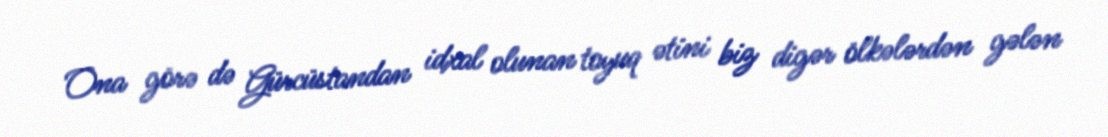
Ona görə də Gürcüstandan idxal olunan toyuq ətini biz digər ölkələrdən gələn